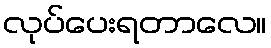
လုပ်ပေးရတာလေ။